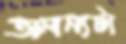
অনন্যটা